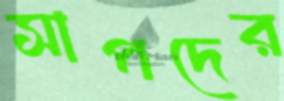
সাপদের